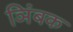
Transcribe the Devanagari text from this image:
ञिंबक